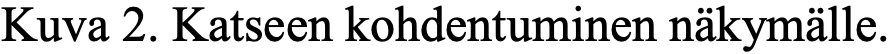
Kuva 2. Katseen kohdentuminen näkymälle.